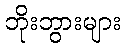
ဘိုးဘွားများ